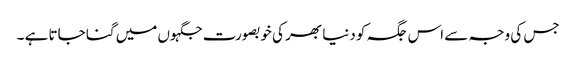
جس کی وجہ سے اس جگہ کو دنیا بھر کی خوبصورت جگہوں میں گنا جاتا ہے ۔